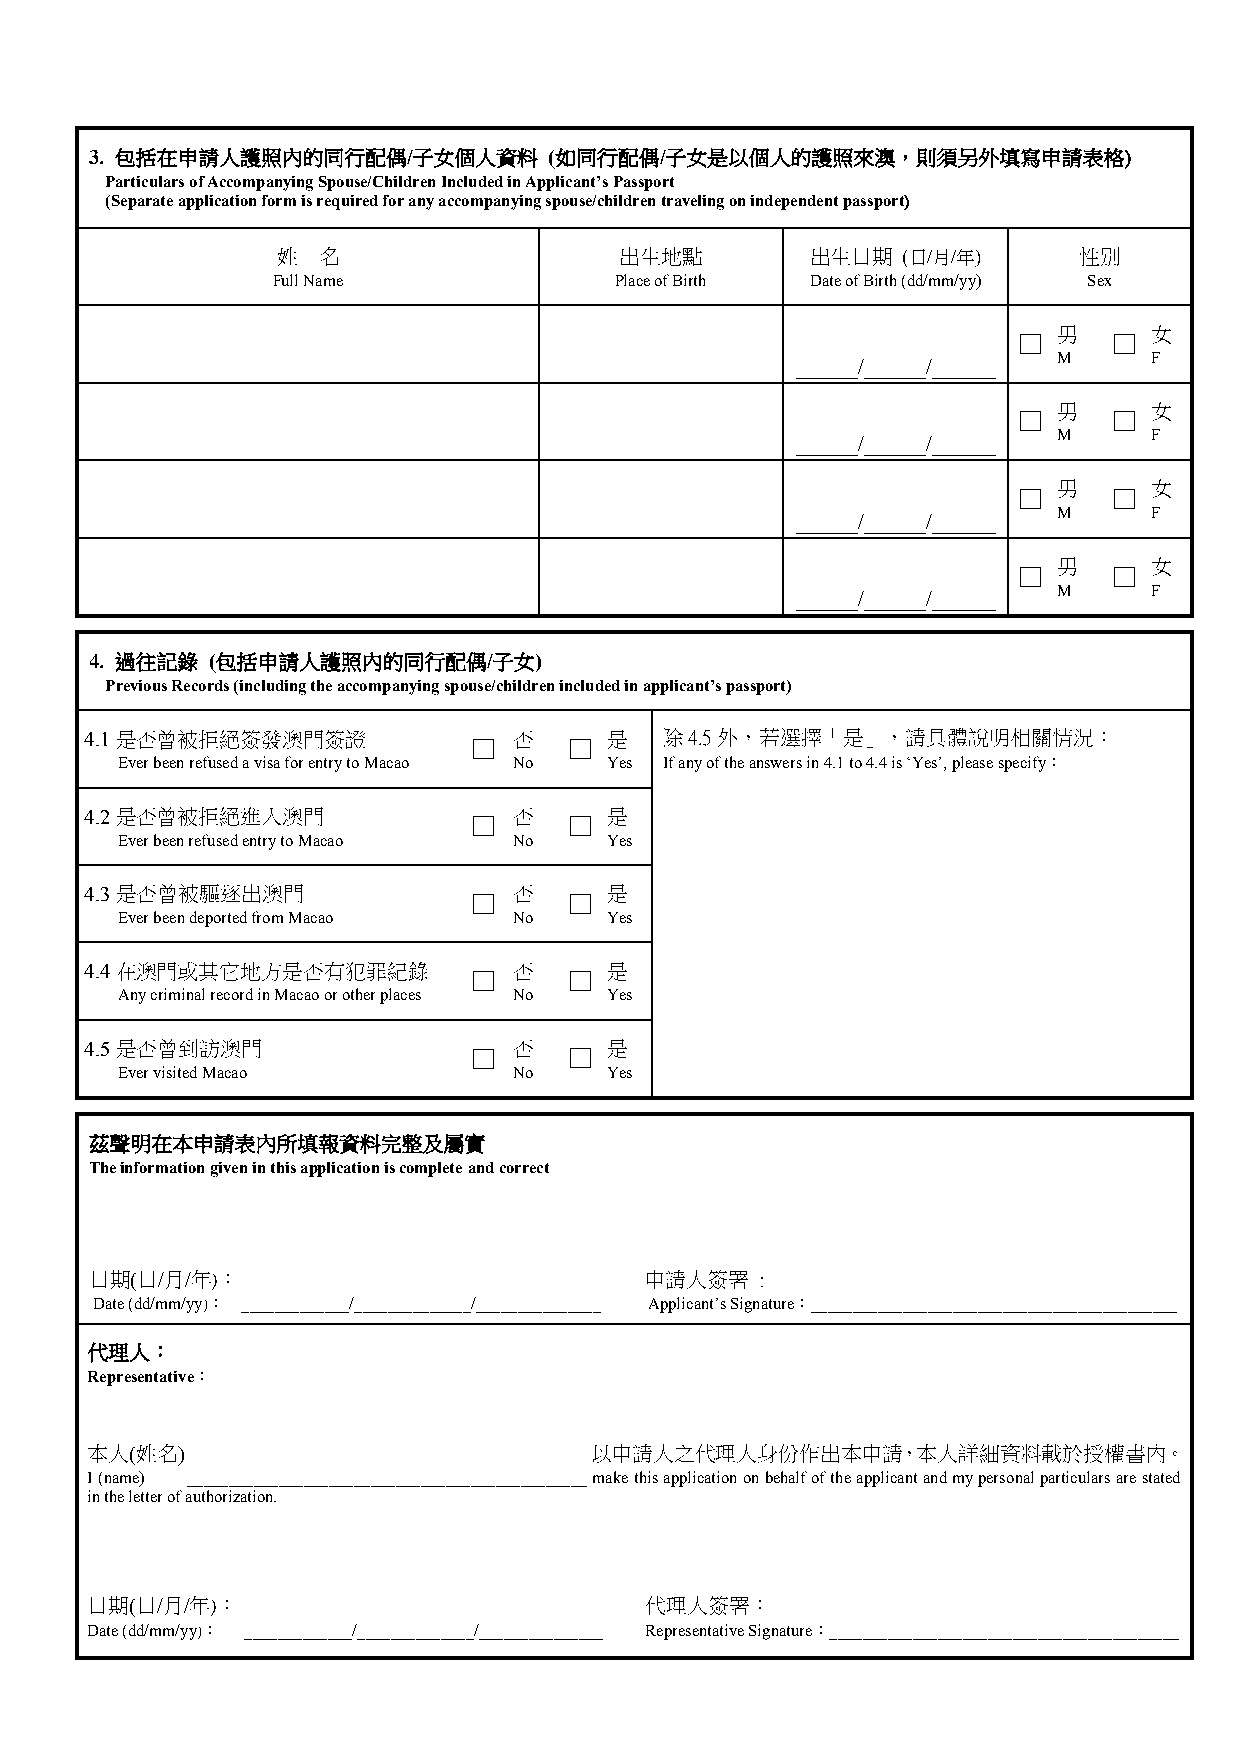
3. 包括在申請人護照內的同行配偶/子女個人資料      (如同行配偶/子女是以個人的護照來澳，則須另外填寫申請表格)
 3. Particulars of Accompanying Spouse/Children Included in Applicant’s Passport
 (Separate application form is required for any accompanying spouse/children traveling on independent passport)
 姓  名                   出生地點         出生日期  (日/月/年)    性別
 Full Name              Place of Birth Date of Birth (dd/mm/yy) Sex
 男     女
 □      □
 M     F
 ______/______/______
 男     女
 □      □
 M     F
 ______/______/______
 男     女
 □      □
 M     F
 ______/______/______
 男     女
 □      □
 M     F
 ______/______/______
 4. 過往記錄 (包括申請人護照內的同行配偶/子女)
 4. Previous Records (including the accompanying spouse/children included in applicant’s passport)
 4.1是否曾被拒絕簽發澳門簽證             否     是   除4.5外，若選擇「是」，請具體說明相關情況：
 □      □
 Ever been refused a visa for entry to Macao No Yes If any of the answers in 4.1 to 4.4 is ‘Yes’, please specify：
 4.2是否曾被拒絕進入澳門               否     是
 □      □
 Ever been refused entry to Macao No Yes
 4.3是否曾被驅逐出澳門                否     是
 □      □
 Ever been deported from Macao No Yes
 4.4在澳門或其它地方是否有犯罪紀錄          否     是
 □      □
 Any criminal record in Macao or other places No Yes
 4.5是否曾到訪澳門                  否     是
 □      □
 Ever visited Macao        No    Yes
 茲聲明在本申請表內所填報資料完整及屬實
 The information given in this application is complete and correct
 日期(日/月/年)：                           申請人簽署  :
 Date (dd/mm/yy)： _____________/______________/_______________ Applicant’s Signature：____________________________________________
 代理人：
 Representative：
 本人(姓名)                           以申請人之代理人身份作出本申請，本人詳細資料載於授權書內。
 I (name) ________________________________________________ make this application on behalf of the applicant and my personal particulars are stated
 in the letter of authorization.
 日期(日/月/年)：                           代理人簽署：
 Date (dd/mm/yy)： _____________/______________/_______________ Representative Signature：__________________________________________